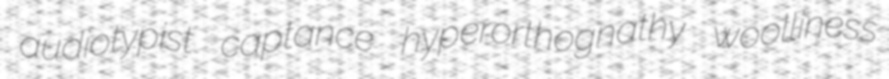
audiotypist captance hyperorthognathy woolliness